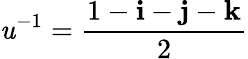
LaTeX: \mathit{u}^{-1}={\frac{{1-\mathbf{{i}}-\mathbf{{j}}-\mathbf{{k}}}}{{2}}}